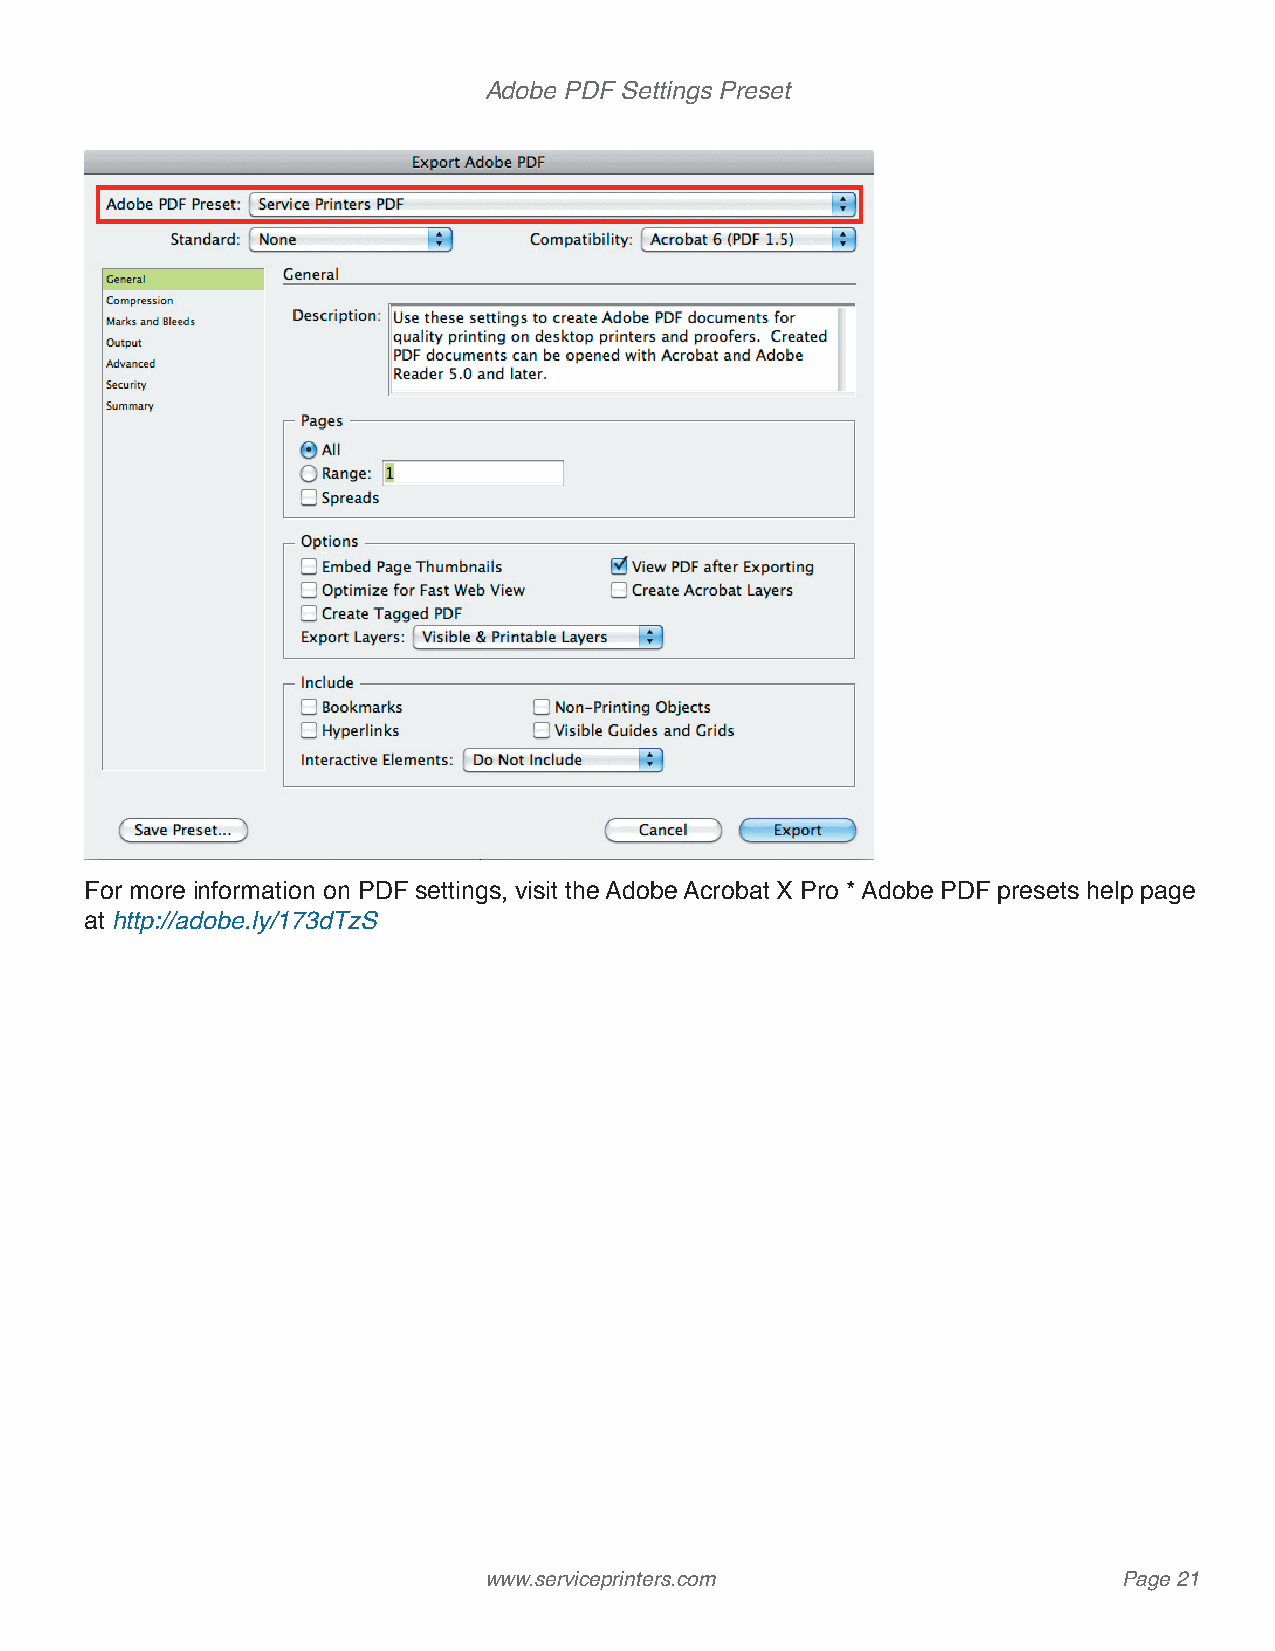
Adobe PDF Settings Preset
 For more information on PDF settings, visit the Adobe Acrobat X Pro * Adobe PDF presets help page
 at http://adobe.ly/173dTzS
 www.serviceprinters.com                   Page 21